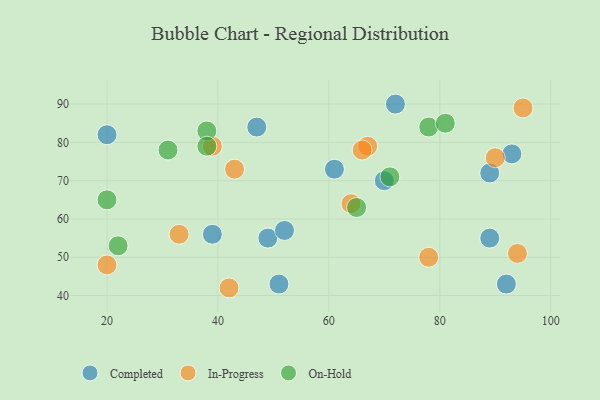
{"axis": {"x": "GDP", "y": "Life Expectancy"}, "legend": ["Completed", "In-Progress", "On-Hold"], "data": [{"x": "89", "y": 55, "type": "Completed"}, {"x": "61", "y": 73, "type": "Completed"}, {"x": "92", "y": 43, "type": "Completed"}, {"x": "49", "y": 55, "type": "Completed"}, {"x": "93", "y": 77, "type": "Completed"}, {"x": "39", "y": 56, "type": "Completed"}, {"x": "52", "y": 57, "type": "Completed"}, {"x": "89", "y": 72, "type": "Completed"}, {"x": "72", "y": 90, "type": "Completed"}, {"x": "47", "y": 84, "type": "Completed"}, {"x": "70", "y": 70, "type": "Completed"}, {"x": "51", "y": 43, "type": "Completed"}, {"x": "20", "y": 82, "type": "Completed"}, {"x": "39", "y": 79, "type": "In-Progress"}, {"x": "90", "y": 76, "type": "In-Progress"}, {"x": "78", "y": 50, "type": "In-Progress"}, {"x": "42", "y": 42, "type": "In-Progress"}, {"x": "20", "y": 48, "type": "In-Progress"}, {"x": "43", "y": 73, "type": "In-Progress"}, {"x": "67", "y": 79, "type": "In-Progress"}, {"x": "94", "y": 51, "type": "In-Progress"}, {"x": "33", "y": 56, "type": "In-Progress"}, {"x": "66", "y": 78, "type": "In-Progress"}, {"x": "64", "y": 64, "type": "In-Progress"}, {"x": "95", "y": 89, "type": "In-Progress"}, {"x": "20", "y": 65, "type": "On-Hold"}, {"x": "38", "y": 83, "type": "On-Hold"}, {"x": "22", "y": 53, "type": "On-Hold"}, {"x": "31", "y": 78, "type": "On-Hold"}, {"x": "71", "y": 71, "type": "On-Hold"}, {"x": "38", "y": 79, "type": "On-Hold"}, {"x": "65", "y": 63, "type": "On-Hold"}, {"x": "78", "y": 84, "type": "On-Hold"}, {"x": "81", "y": 85, "type": "On-Hold"}]}